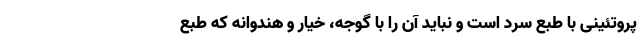
پروتئینی با طبع سرد است و نباید آن را با گوجه، خیار و هندوانه که طبع